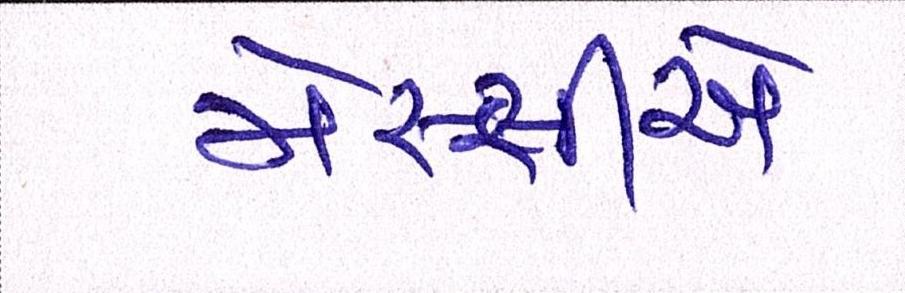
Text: મેસ્સીએ